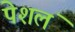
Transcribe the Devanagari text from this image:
पेशलं